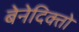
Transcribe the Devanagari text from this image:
बेनेदिक्तो